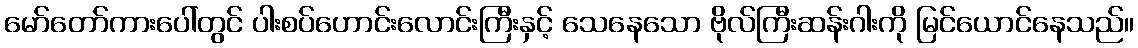
မော်တော်ကားပေါ်တွင် ပါးစပ်ဟောင်းလောင်းကြီးနှင့် သေနေသော ဗိုလ်ကြီးဆန်းဂါးကို မြင်ယောင်နေသည်။